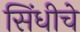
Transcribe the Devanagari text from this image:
सिंधीचे